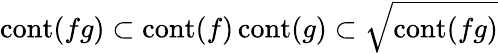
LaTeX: \operatorname{cont}(fg)\subset\operatorname{cont}(f)\operatorname{cont}(g)\subset{\sqrt{\operatorname{cont}(fg)}}